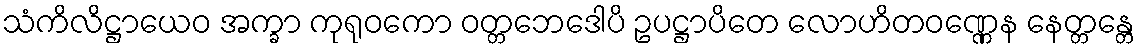
သံကိလိဋ္ဌာယေဝ အက္ခာ ကုရုဝကော ဝတ္တဘေဒေါပိ ဥပဋ္ဌာပိတေ လောဟိတဝဏ္ဏေန နေတ္တန္တေ